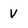
Character: V